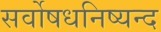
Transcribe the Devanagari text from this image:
सर्वोषधनिष्यन्द